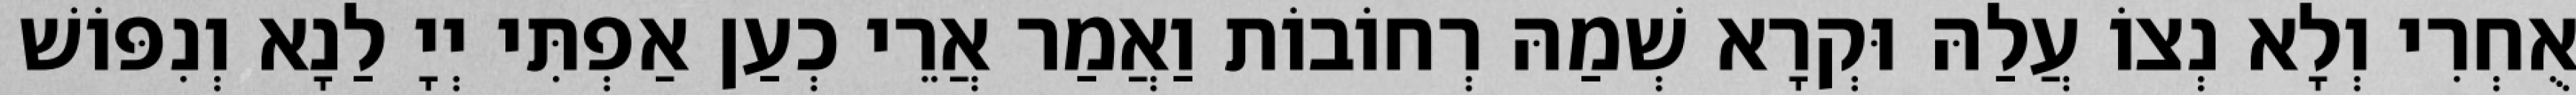
אֻחְרִי וְלָא נְצוֹ עֲלַהּ וּקְרָא שְׁמַהּ רְחוֹבוֹת וַאֲמַר אֲרֵי כְעַן אַפְתִּי יְיָ לַנָא וְנִפּוֹשׁ